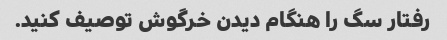
رفتار سگ را هنگام دیدن خرگوش توصیف کنید.